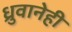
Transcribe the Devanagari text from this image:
ध्रुवानेही